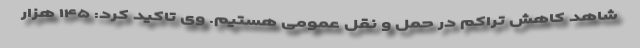
شاهد کاهش تراکم در حمل و نقل عمومی هستیم. وی تاکید کرد: ۱۴۵ هزار